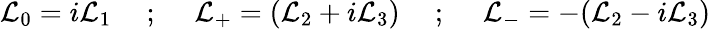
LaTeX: \mathcal{L}_{0}=i\mathcal{L}_{1}~~~~~;~~~~~\mathcal{L}_{+}=(\mathcal{L}_{2}+i\mathcal{L}_{3})~~~~~;~~~~~\mathcal{L}_{-}=-(\mathcal{L}_{2}-i\mathcal{L}_{3})